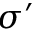
\sigma ^ { \prime }